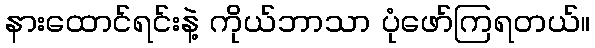
နားထောင်ရင်းနဲ့ ကိုယ်ဘာသာ ပုံဖော်ကြရတယ်။